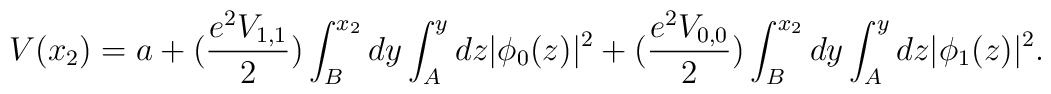
V(x_2)=a+(\frac{e^2V_{1,1}}{2})\int_B^{x_2} dy \int_A^y dz|\phi_0(z)|^2+(\frac{e^2V_{0,0}}{2})\int_B^{x_2} dy \int_A^y dz|\phi_1(z)|^2.